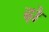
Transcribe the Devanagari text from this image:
ढ़ो